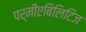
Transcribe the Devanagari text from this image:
पर्मीएबिलिटिज